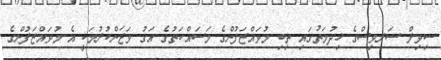
ސިވިލް ސަރވިސްގެ ޚިދުމަތުގައި ތިބި މުވައްޒަފުންގެ މަސައްކަތުގެ އަގު ވަޒަންކުރުމަކީ އެ މުވައްޒަފުންގެ